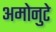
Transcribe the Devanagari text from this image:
अमोनुटे